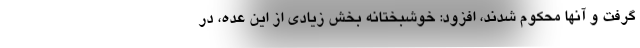
گرفت و آنها محکوم شدند، افزود: خوشبختانه بخش زیادی از این عده، در